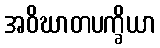
အဝိဃာတပက္ခိယာ